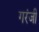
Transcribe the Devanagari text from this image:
गरंजी